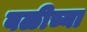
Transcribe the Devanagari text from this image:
बळीच्या